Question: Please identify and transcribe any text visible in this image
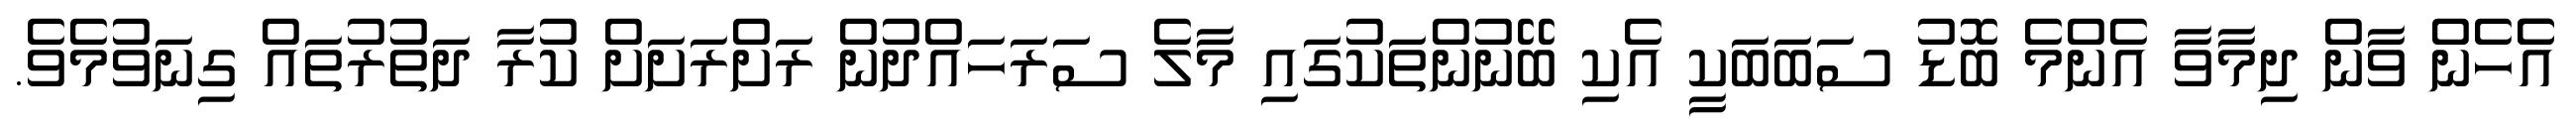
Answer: އެެހެން ވާން ދިމާވާ އެންމެ ބޮޑު ސަބަބަކީ އެކި ބޭނުންތަކުގައި މާލެ ސަރަހައްދުން ރަށްރަށަށް ކުރާ ދަތުރުތައް ގިނަވުމެވެ.